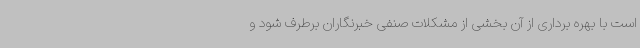
است با بهره برداری از آن بخشی از مشکلات صنفی خبرنگاران برطرف شود و